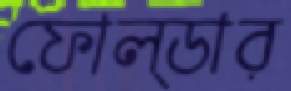
ফোল্ডার